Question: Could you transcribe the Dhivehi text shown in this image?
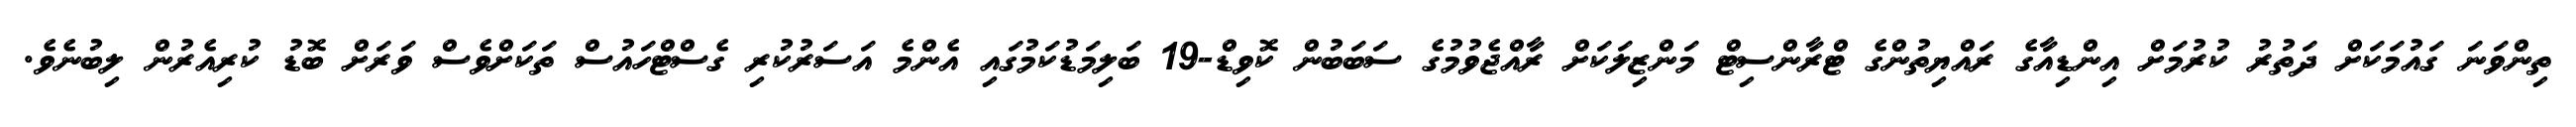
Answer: ތިންވަނަ ގައުމަކަށް ދަތުރު ކުރުމަށް އިންޑިއާގެ ރައްޔިތުންގެ ޓްރާންސިޓް މަންޒިލަކަށް ރާއްޖެވުމުގެ ސަބަބުން ކޮވިޑް-19 ބަލިމަޑުކަމުގައި އެންމެ އަސަރުކުރި ގެސްޓްހައުސް ތަކަށްވެސް ވަރަށް ބޮޑު ކުރިއެރުން ލިބުނެވެ.